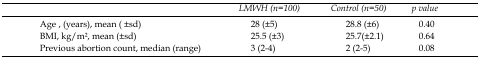
<table><thead><tr><td></td><td><b>LMWH (n=100)</b></td><td><b>Control (n=50)</b></td><td><b><i>p</i> value</b></td></tr></thead><tbody><tr><td>Age , (years), mean ( ±sd)</td><td>28 (±5)</td><td>28.8 (±6)</td><td>0.40</td></tr><tr><td>BMI, kg/m2, mean (±sd)</td><td>25.5 (±3)</td><td>25.7(±2.1)</td><td>0.64</td></tr><tr><td>Previous abortion count, median (range)</td><td>3 (2-4)</td><td>2 (2-5)</td><td>0.08</td></tr></tbody></table>